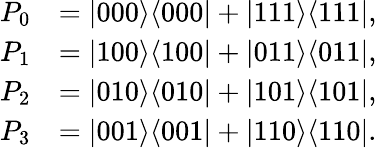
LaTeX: {\begin{array}{rl}{P_{0}}&{=|000\rangle\langle 000|+|111\rangle\langle 111|,}\\ {P_{1}}&{=|100\rangle\langle 100|+|011\rangle\langle 011|,}\\ {P_{2}}&{=|010\rangle\langle 010|+|101\rangle\langle 101|,}\\ {P_{3}}&{=|001\rangle\langle 001|+|110\rangle\langle 110|.}\end{array}}